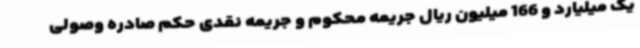
یک میلیارد و 166 میلیون ریال جریمه محکوم و جریمه نقدی حکم صادره وصولی